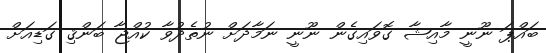
ބައްޕަ ނޫނީ މާއިޝާ ގޮވައިގެން ނޫނީ ނަމާދަށް ނުތެދުވާ ކުއްޖާ ބަންޤި ގަޑިއަށް